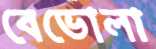
বেভোলা